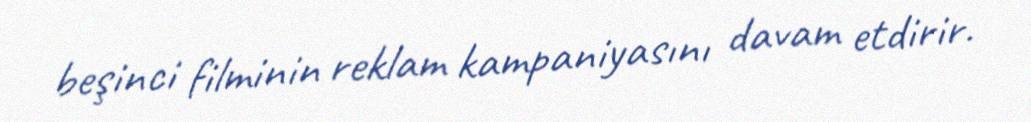
beşinci filminin reklam kampaniyasını davam etdirir.